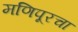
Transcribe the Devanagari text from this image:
मणिपूरचा